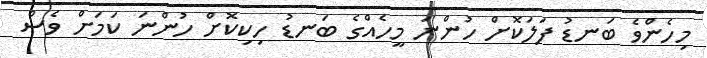
މިހެންވެ ބަނޑު ފަލަކޮށް ހުންނަ މީހެއްގެ ބަނޑު ހިކިކޮށް ހުންނަ ކަމަށް ވެސް